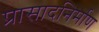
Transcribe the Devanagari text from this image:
प्रासादनिर्माण